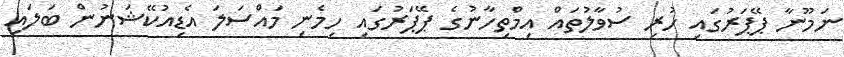
ނަމޫނާ ޕޭޕަރުގައި ހުރި ސުވާލުތައް އިމްތިހާނުގެ ޕޭޕަރުގައި ހިމެނި މައްސަލަ އެޑިއުކޭޝަނުން ބަލައި